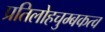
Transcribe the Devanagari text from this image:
प्रतिलोहचुम्बकत्व